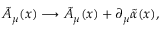
\tilde { A } _ { \mu } ( x ) \longrightarrow \tilde { A } _ { \mu } ( x ) + \partial _ { \mu } \tilde { \alpha } ( x ) ,